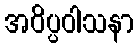
အဝိပ္ပဝါသနာ